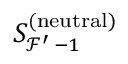
S _ { \mathcal { F } ^ { \prime } \, - 1 } ^ { ( \mathrm { n e u t r a l } ) }